画像に写った文字を読んでください
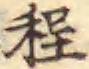
「程」と書いてあります